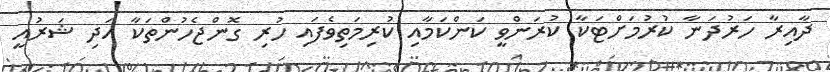
ދާއިރާ ހަރުދަނާ ކުރުމަށްޓަކާ ކުރަންވީ ކަންކަމާއި ކުރިމަތިވެފައި ހުރި ގޮންޖެހުންތަކާ އަދި ޝަރުއީ